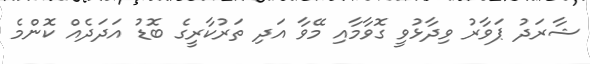
ޝާރަދު ޕަވާރު ވިދާޅުވީ ގޮވާމާއި މޭވާ އަދި ތަރުކާރީގެ ބޮޑު އަދަދެއް ކޮންމެ